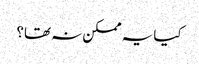
کیا یہ ممکن نہ تھا؟